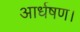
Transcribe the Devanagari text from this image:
आर्धषण।